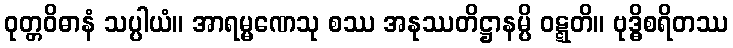
ဝုတ္တဝိဓာနံ သပ္ပါယံ။ အာရမ္မဏေသု စဿ အနုဿတိဋ္ဌာနမ္ပိ ဝဋ္ဋတိ။ ဗုဒ္ဓိစရိတဿ